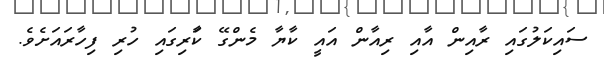
ސައިކަލުގައި ރާއިން އާއި ރިއާން އައީ ކާޔާ މެންގޭ ކާަރިގައި ހުރި ފިހާރައަށެވެ.